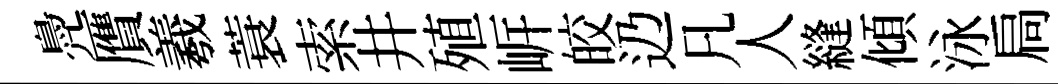
鳧贋羲蓑索井殖㟁皎辸凡人縫傾泳扃